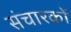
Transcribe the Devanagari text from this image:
संचारकों